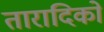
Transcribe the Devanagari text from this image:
तारादिकों